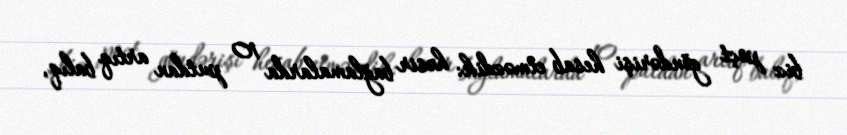
biz poçt göndərişi hesab etməzdik: həsir bağlamalarda 10 putdan artıq balıq,